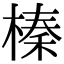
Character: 榛